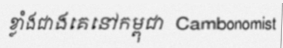
ខ្លាំងជាងគេនៅកម្ពុជា  Cambonomist